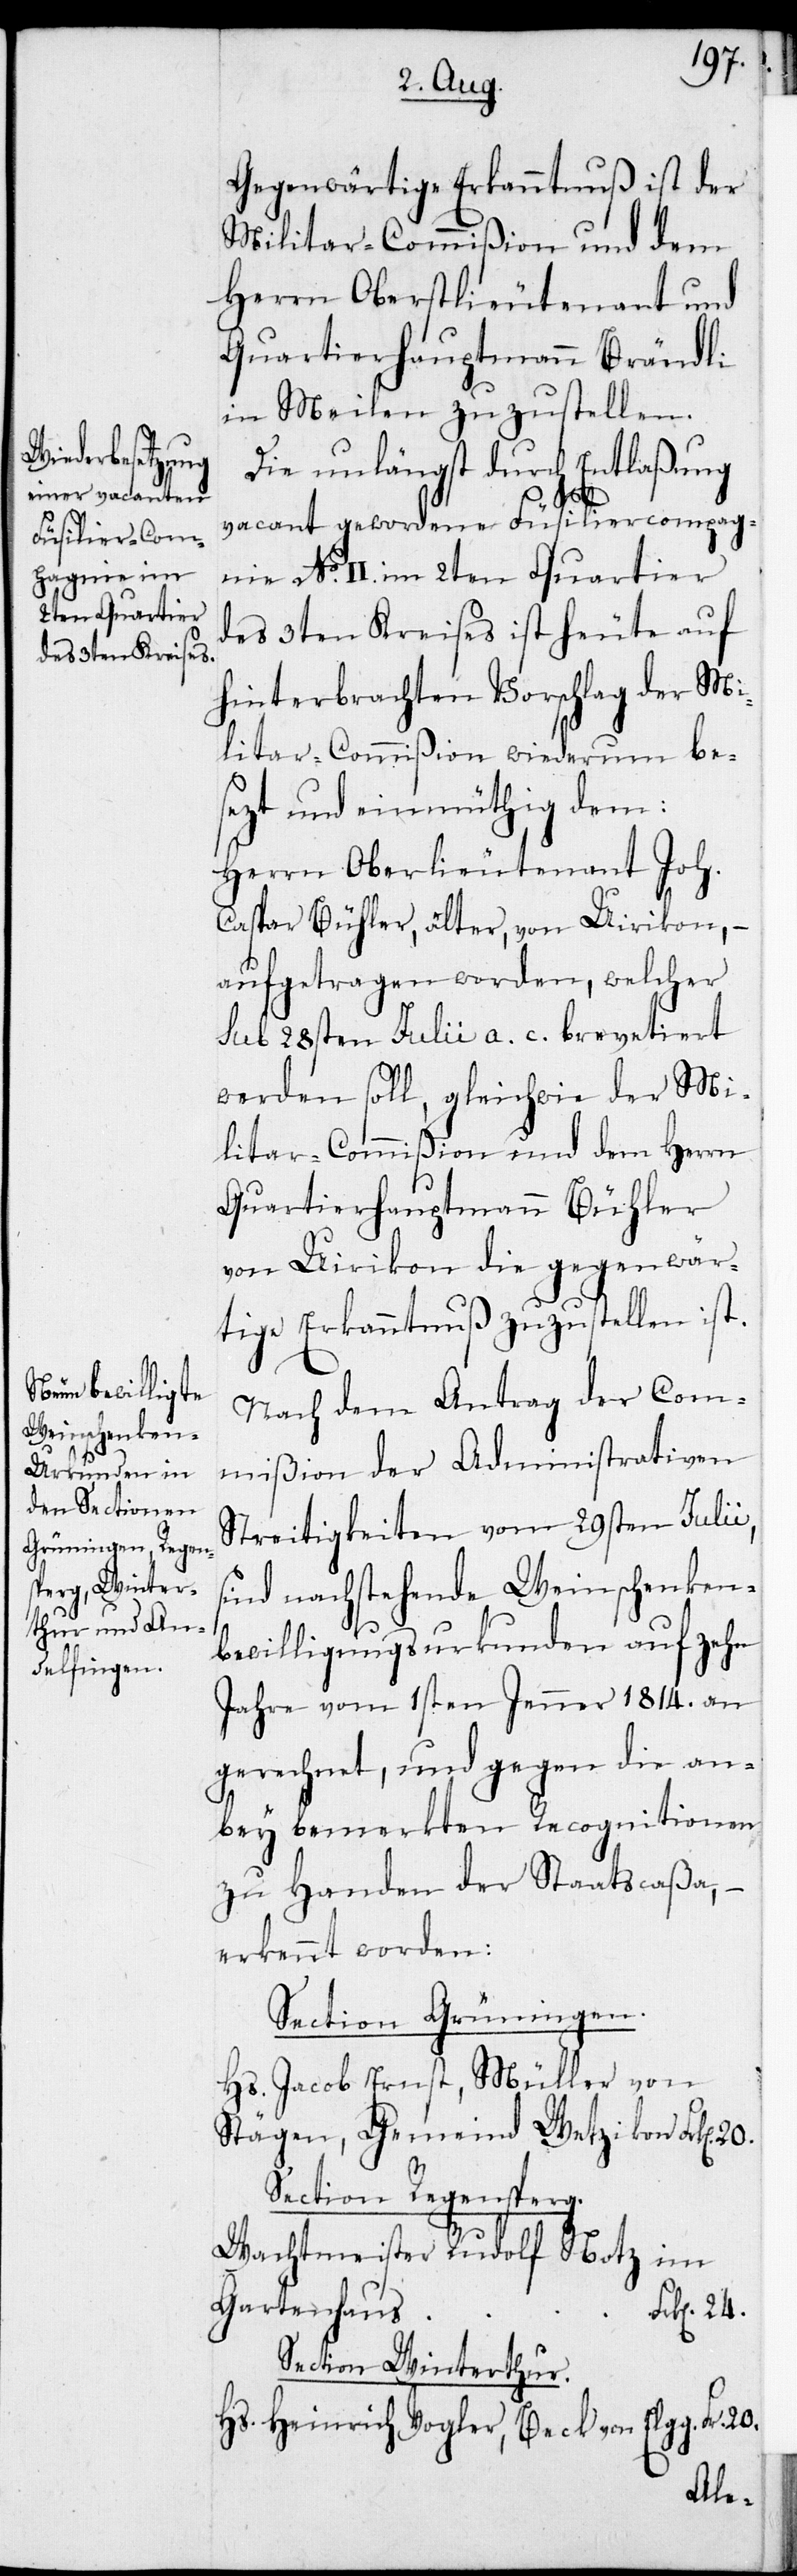
Gegenwärtige Erkanntnuß ist der
Militar-Commißion und dem
Herrn Oberlieutenant und
Quartierhauptmann Brändli
in Meilen zuzustellen.
Die unlängst durch Entlaßung
vacant gewordene Füsiliercompag¬
nie No II. im 2ten Quartier
des 3ten Kreises ist heute auf
hinterbrachten Vorschlag der Mi¬
litar-Commißion wiederum bes¬
ezt und einmüthig dem:
Herrn Oberlieutenant Joh.
Caspar Bühler, älter, von Uirikon, –
aufgetragen worden, welcher
sub 28sten Julii a. c. brevetiert
werden soll, gleichwie der Mi¬
litar-Commißion und dem Herrn
Quartierhauptmann Bühler
von Uirikon die gegenwär¬
tige Erkanntnuß zuzustellen ist.
Nach dem Antrag der Com¬
mißion der Administrativen
Streitigkeiten vom 29sten Julii,
sind nachstehende Weinschenken¬
bewilligungsurkunden auf zehn
Jahre vom 1sten Jenner 1814. an
gerechnet, und gegen die an¬
bey bemerkten Recognitionen
zu Handen der Staatscaßa, –
erkennt worden:
Section Grüningen.
Hs. Jacob Ernst, Müller von
Stägen, Gemeind Wetzikon	Frk[en]
Section Regensperg
Wachtmeister Rudolf Notz im
Section Winterthur.
Hs. Heinrich Vogler, Beck von